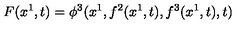
F ( x ^ { 1 } , t ) = \phi ^ { 3 } ( x ^ { 1 } , f ^ { 2 } ( x ^ { 1 } , t ) , f ^ { 3 } ( x ^ { 1 } , t ) , t )